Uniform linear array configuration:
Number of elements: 48
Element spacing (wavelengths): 1
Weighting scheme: exponential
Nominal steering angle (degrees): -60
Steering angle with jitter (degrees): -61.362
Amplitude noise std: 0.05
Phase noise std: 0.05

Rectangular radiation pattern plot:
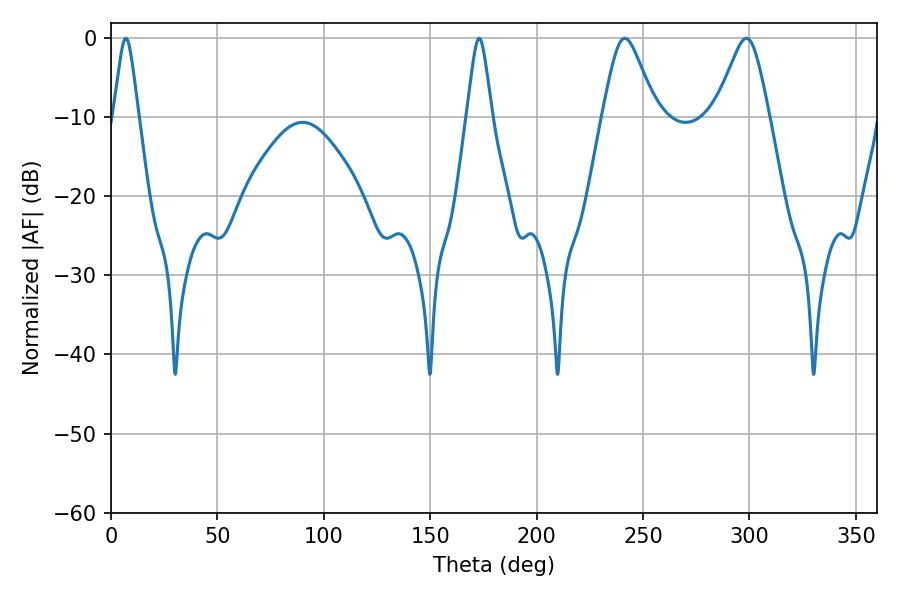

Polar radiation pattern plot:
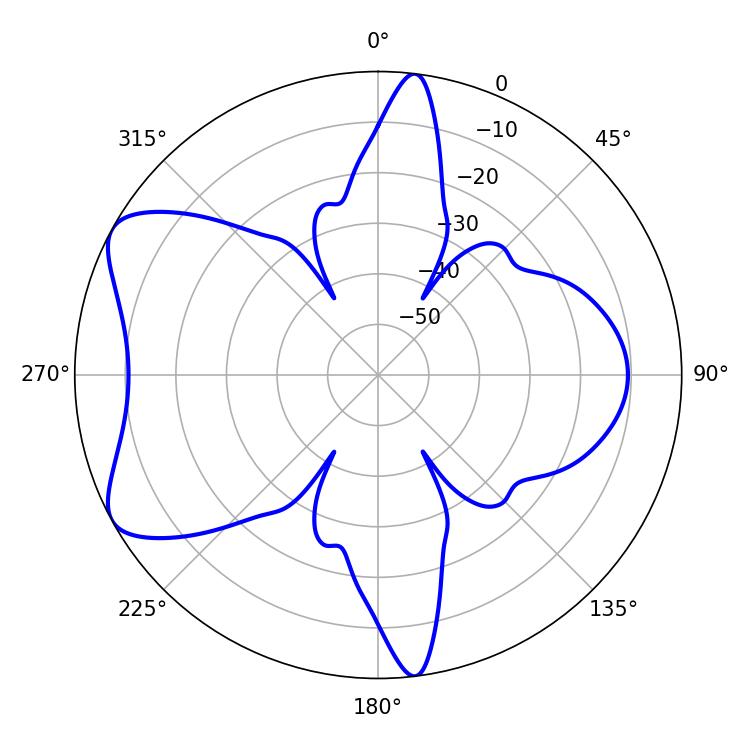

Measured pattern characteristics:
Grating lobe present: TRUE
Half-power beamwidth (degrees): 12.24
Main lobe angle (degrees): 241.38